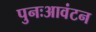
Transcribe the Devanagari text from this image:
पुनःआवंटन